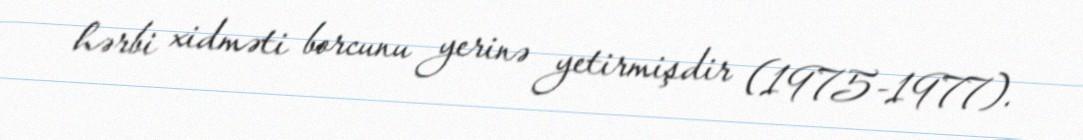
hərbi xidməti borcunu yerinə yetirmişdir (1975-1977).